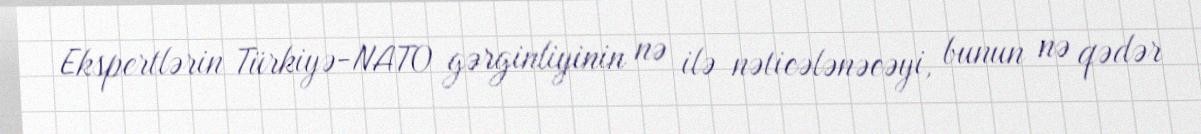
Ekspertlərin Türkiyə-NATO gərginliyinin nə ilə nəticələnəcəyi, bunun nə qədər